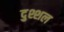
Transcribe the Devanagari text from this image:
दुश्शल